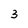
Character: 3